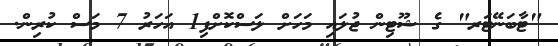
"ޓާބަނޭޓަރ" ގެ ޝޫޓިން ޖުލައި މަހަށް ލަސްކޮށްފި1 އަހަރު 7 މަސް ކުރިން.